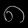
Digit: ၈